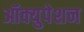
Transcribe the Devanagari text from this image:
ऑक्युपेशन